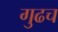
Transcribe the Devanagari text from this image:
गुढच